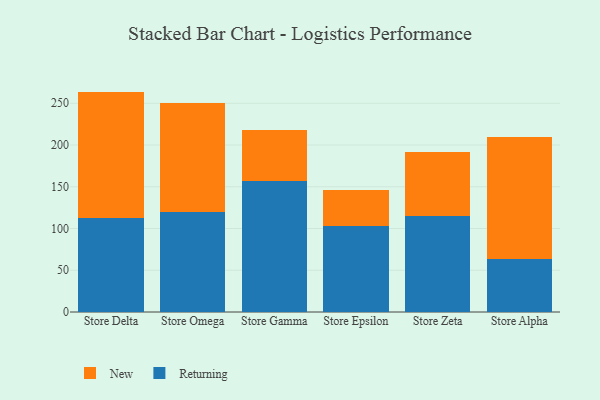
{"axis": {"x": "Store", "y": "Tickets Resolved"}, "legend": ["New", "Returning"], "data": [{"x": "Store Delta", "y": 113.1, "type": "Returning"}, {"x": "Store Delta", "y": 150.9, "type": "New"}, {"x": "Store Omega", "y": 119.9, "type": "Returning"}, {"x": "Store Omega", "y": 131.0, "type": "New"}, {"x": "Store Gamma", "y": 157.3, "type": "Returning"}, {"x": "Store Gamma", "y": 61.0, "type": "New"}, {"x": "Store Epsilon", "y": 102.5, "type": "Returning"}, {"x": "Store Epsilon", "y": 43.1, "type": "New"}, {"x": "Store Zeta", "y": 115.2, "type": "Returning"}, {"x": "Store Zeta", "y": 76.8, "type": "New"}, {"x": "Store Alpha", "y": 63.5, "type": "Returning"}, {"x": "Store Alpha", "y": 146.7, "type": "New"}]}